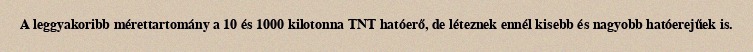
A leggyakoribb mérettartomány a 10 és 1000 kilotonna TNT hatóerő, de léteznek ennél kisebb és nagyobb hatóerejűek is.